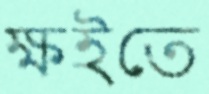
ক্ষইতে